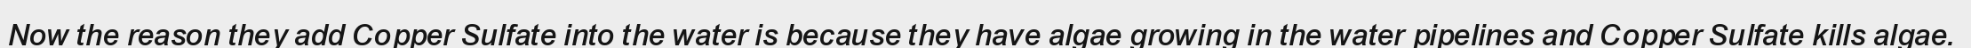
Now the reason they add Copper Sulfate into the water is because they have algae growing in the water pipelines and Copper Sulfate kills algae.